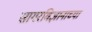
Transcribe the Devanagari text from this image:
सागरविज्ञानाच्या